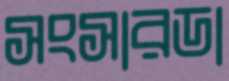
সংসারডা